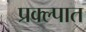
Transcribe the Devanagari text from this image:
प्रक्ल्पात